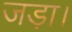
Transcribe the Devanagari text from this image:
जड़ा।